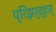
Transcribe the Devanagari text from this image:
प्रिझर्व्हज्